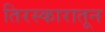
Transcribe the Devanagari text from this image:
तिरस्कारातून